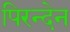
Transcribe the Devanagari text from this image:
पिरन्देन